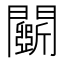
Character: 𨷖